Civil Veterinary Department Bengal reports 1923-33 - 1923-1933
Year: 1923
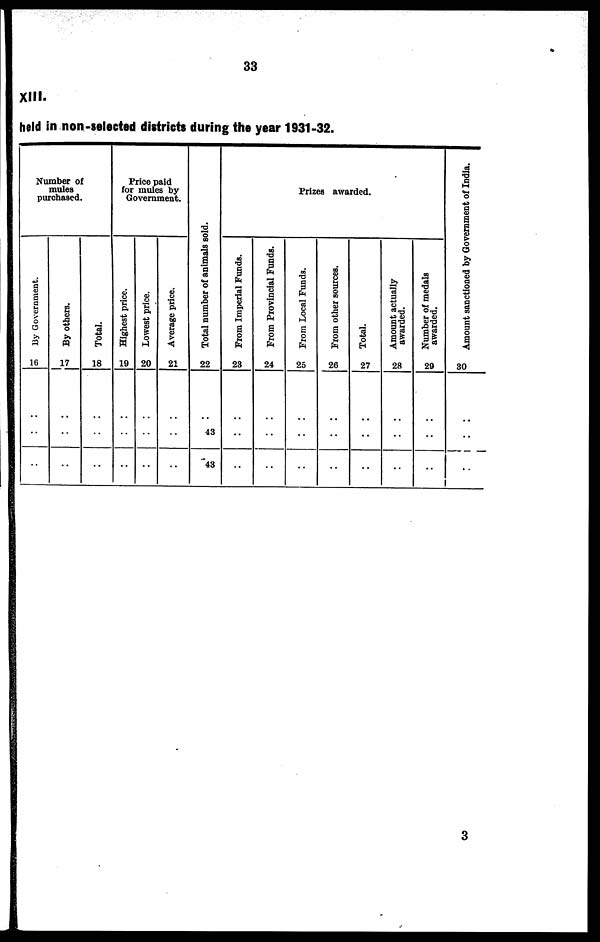
33
XIII-
held in non-selected districts during the year 1931-32.
Num
m
pur
ber of
ules
chased.
By Go v e r
n me n t.
16
..
..
..
By others.
17
..
..
..
Tot al .
18
..
..
..
Price paid
for mules by
Government.
Hi ghes t price.
19
..
..
..
Lowe s t price.
20
..
..
..
Ave r
a ge price.
21
..
..
..
Total number of animals sold.
22
..
43
43
Prizes awarded.
Fr om I mper i al Funds .
23
..
..
..
Fr om Pr ovi nc i a l Funds .
24
..
..
..
Fr om Local Funds.
25
..
..
..
Fr om other sources.
26
..
..
..
Total.
27
..
..
..
Amo u n t actually
awarded.
28
..
..
..
Nu mb e r of medals
awarded.
29
..
..
..
Amo u n t s a n c t i o n e d by G o v e r n m e n t of I ndi a.
30
..
..
..
3